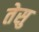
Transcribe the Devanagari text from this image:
तेसु